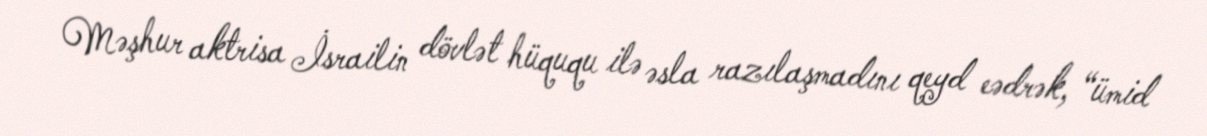
Məşhur aktrisa İsrailin dövlət hüququ ilə əsla razılaşmadını qeyd eədrək, “ümid